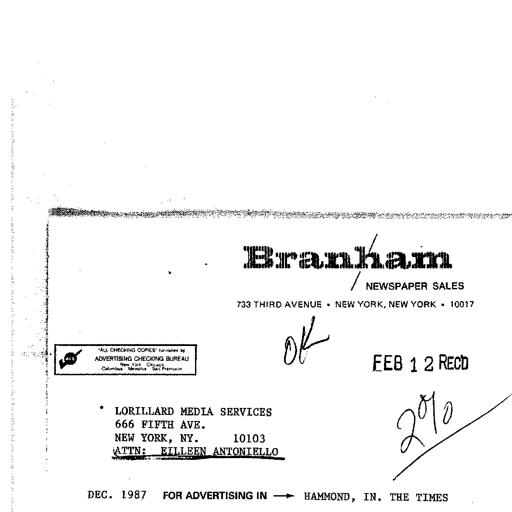
Branham
/ NEWSPAPER SALES
733 THIRD AVENUE • NEW YORK, NEW YORK • 10017
"ALL CHECKING COPIES" furnished by
ADVERTISING CHECKING BUREAU
New York Chicago
Columbus Memphis San Francisco OK FEB 1 2 REC'D
• LORILLARD MEDIA SERVICES
666 FIFTH AVE.
NEW YORK, NY. 10103
ATTN: EILLEEN ANTONIELLO
DEC. 1987 FOR ADVERTISING IN 2% HAMMOND, IN. THE TIMES